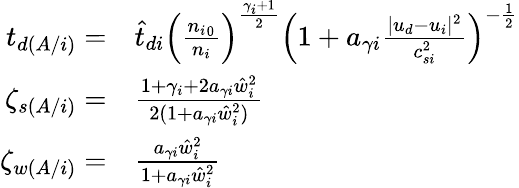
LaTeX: \begin{array}{rl}{t_{d(A/i)}=}&{{}\hat{t}_{di}\left(\frac{{n_{i}}_{0}}{{n_{i}}}\right)^{\frac{\gamma_{i}+1}{2}}\left(1+a_{\gamma i}\frac{|{u_{d}}-{u_{i}}|^{2}}{c_{si}^{2}}\right)^{-\frac 12}}\\ {\zeta_{s(A/i)}=}&{{}\frac{1+\gamma_{i}+2a_{\gamma i}\hat{w}_{i}^{2}}{2(1+a_{\gamma i}\hat{w}_{i}^{2})}}\\ {\zeta_{w(A/i)}=}&{{}\frac{a_{\gamma i}\hat{w}_{i}^{2}}{1+a_{\gamma i}\hat{w}_{i}^{2}}}\end{array}